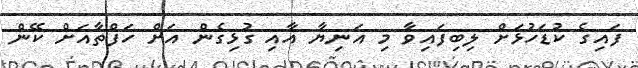
ފައިގެ ކުޑަހުޅަށް ލިބިފައިވާ މި އަނިޔާ އާއި ގުޅިގެން އަށް ހަފްތާއަށް ކޭން